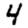
Digit: 4